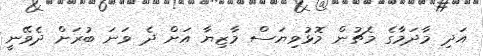
އަދި މާދަމާގެ މެޗުން މޮޅުވިޔަސް މާޒިޔާ އަށް ދެ ވަނަ ބުރަށް ދެވޭނީ